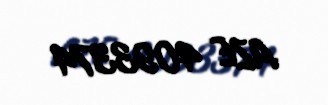
AZE 4093374